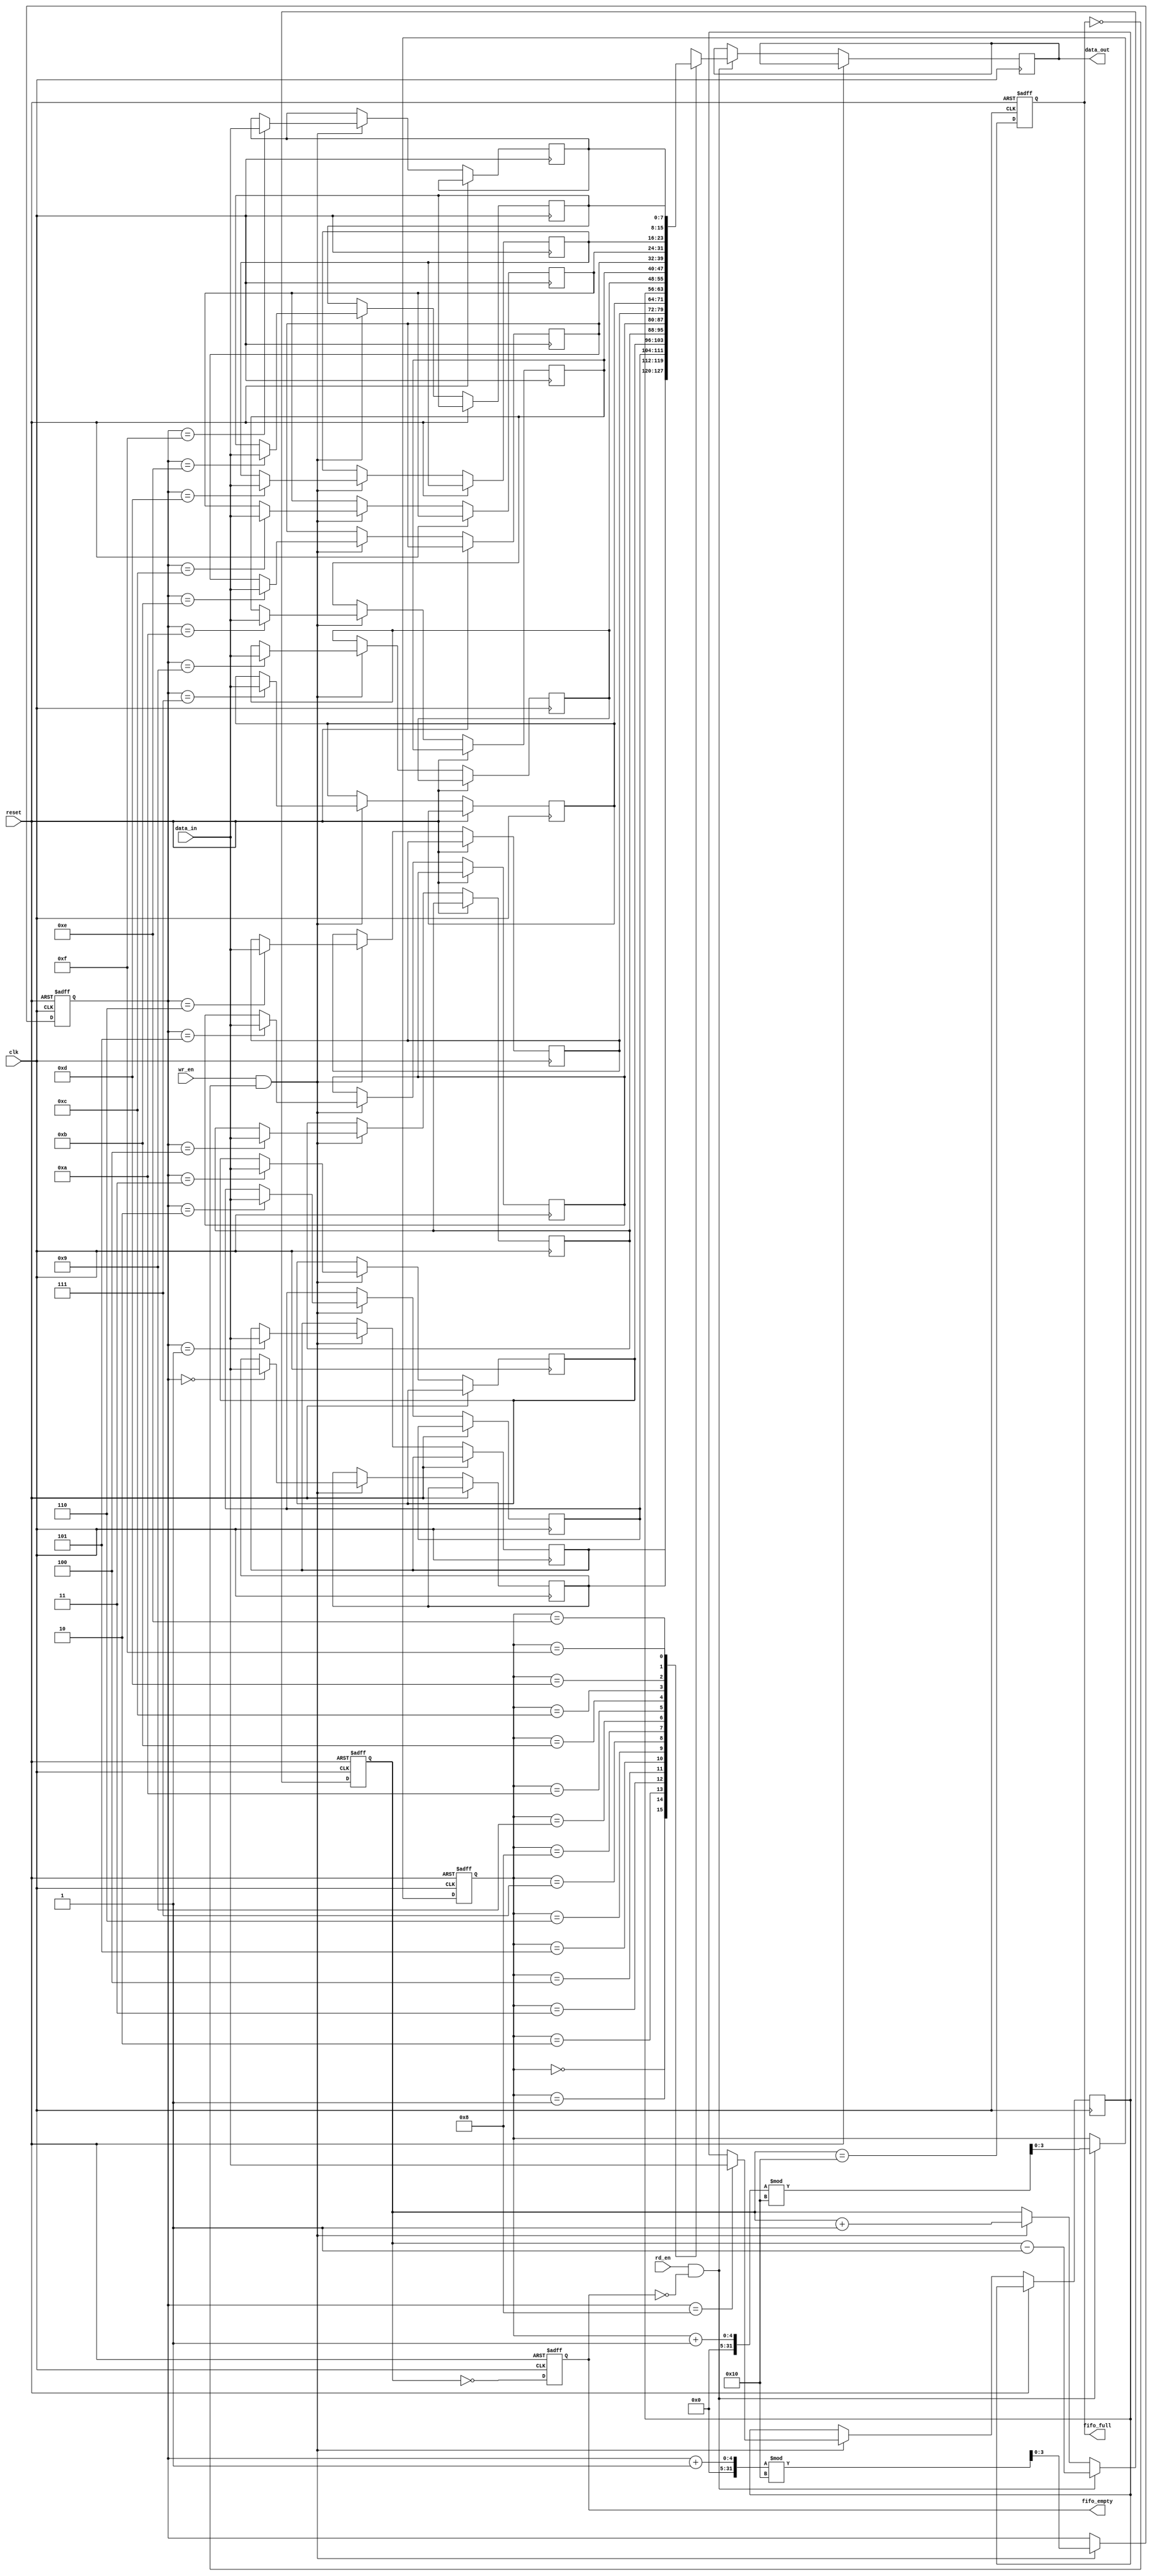
module parameterized_fifo #( 
    parameter DATA_WIDTH = 8,              // Width of each data entry in bits
    parameter FIFO_DEPTH = 16               // Total number of entries (must be a power of 2)
)(
    input wire clk,                         // Clock signal
    input wire reset,                       // Asynchronous reset signal
    input wire wr_en,                       // Write enable signal
    input wire rd_en,                       // Read enable signal
    input wire [DATA_WIDTH-1:0] data_in,   // Data input
    output reg [DATA_WIDTH-1:0] data_out,  // Data output
    output reg fifo_full,                   // FIFO full flag
    output reg fifo_empty                   // FIFO empty flag
);

    localparam ADDR_WIDTH = $clog2(FIFO_DEPTH); // Calculate address width based on FIFO depth

    reg [DATA_WIDTH-1:0] fifo_memory[FIFO_DEPTH-1:0]; // Memory array for FIFO
    reg [ADDR_WIDTH-1:0] wr_ptr;                      // Write pointer
    reg [ADDR_WIDTH-1:0] rd_ptr;                      // Read pointer
    reg [ADDR_WIDTH:0] count;                         // Count of entries in FIFO

    // Initialize the FIFO on reset
    always @(posedge clk or posedge reset) begin
        if (reset) begin
            wr_ptr <= 0;
            rd_ptr <= 0;
            count <= 0;
            fifo_full <= 0;
            fifo_empty <= 1;
        end else begin
            // Write operation
            if (wr_en && !fifo_full) begin
                fifo_memory[wr_ptr] <= data_in; // Write data to FIFO
                wr_ptr <= (wr_ptr + 1) % FIFO_DEPTH; // Increment write pointer
                count <= count + 1; // Increment count
            end
            
            // Read operation
            if (rd_en && !fifo_empty) begin
                data_out <= fifo_memory[rd_ptr]; // Read data from FIFO
                rd_ptr <= (rd_ptr + 1) % FIFO_DEPTH; // Increment read pointer
                count <= count - 1; // Decrement count
            end
            
            // Update full and empty flags
            fifo_full <= (count == FIFO_DEPTH);
            fifo_empty <= (count == 0);
        end
    end

endmodule